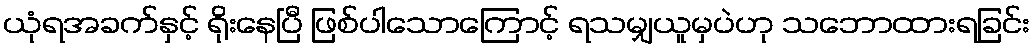
ယုံရအခက်နှင့် ရိုးနေပြီ ဖြစ်ပါသောကြောင့် ရသမျှယူမှပဲဟု သဘောထားရခြင်း